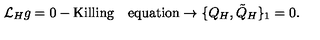
{ \cal L } _ { H } g = 0 - \mathrm { { K i l l i n g \quad e q u a t i o n } } \rightarrow \{ Q _ { H } , { \tilde { Q } } _ { H } \} _ { 1 } = 0 .